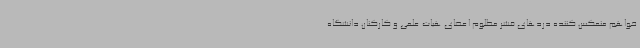
خواهم منعکس کننده دردهای قشر مظلوم اعضای هیات علمی و کارکنان دانشگاه